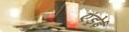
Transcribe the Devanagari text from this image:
एंड्रेई